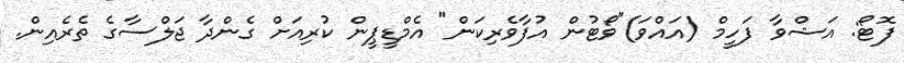
ފޮޓޯ: އަޝްވާ ފަހީމް (އައްވަ)"ވޯޓުން އުފާވެރިކަން" އެމްޑީޕީން ކުރިއަށް ގެންދާ ޖަލްސާގެ ތެރެއިން.